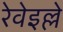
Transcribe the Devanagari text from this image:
रेवेइल्ले